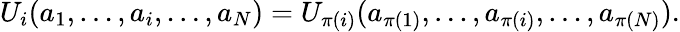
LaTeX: U_{i}(a_{1},\ldots,a_{i},\ldots,a_{N})=U_{\pi(i)}(a_{\pi(1)},\ldots,a_{\pi(i)},\ldots,a_{\pi(N)}).